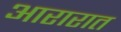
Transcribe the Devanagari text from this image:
आरारात